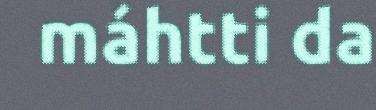
máhtti da